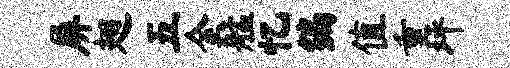
屏翅五金艋忆编值重坪